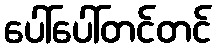
ပေါ်ပေါ်တင်တင်